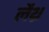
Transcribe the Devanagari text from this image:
लैथ्र